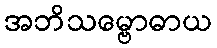
အဘိသမ္ဗောဓာယ